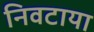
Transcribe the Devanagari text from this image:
निवटाया